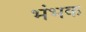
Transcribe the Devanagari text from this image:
भंभक